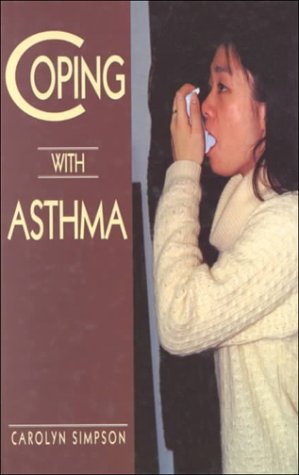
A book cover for Coping With Asthma; Carolyn Simpson; Health, Fitness & Dieting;